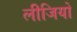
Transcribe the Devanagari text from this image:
लीजियो